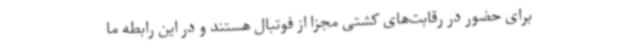
برای حضور در رقابت‌های کشتی مجزا از فوتبال هستند و در این رابطه ما